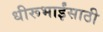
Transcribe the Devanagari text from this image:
धीरूभाईंसाठी